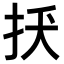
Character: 𢪺